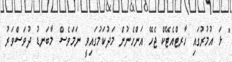
" ޅަ އުމުރުގައި ހާރޓްއެޓޭކް ޖެހޭ އަންހެނުން މަދުކަމުގައިވީ ނަމަވެސް މާބަނޑު ދުވަސްވަރު